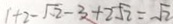
1 + 2 - \sqrt { 2 } - 3 + 2 \sqrt { 2 } = \sqrt { 2 }